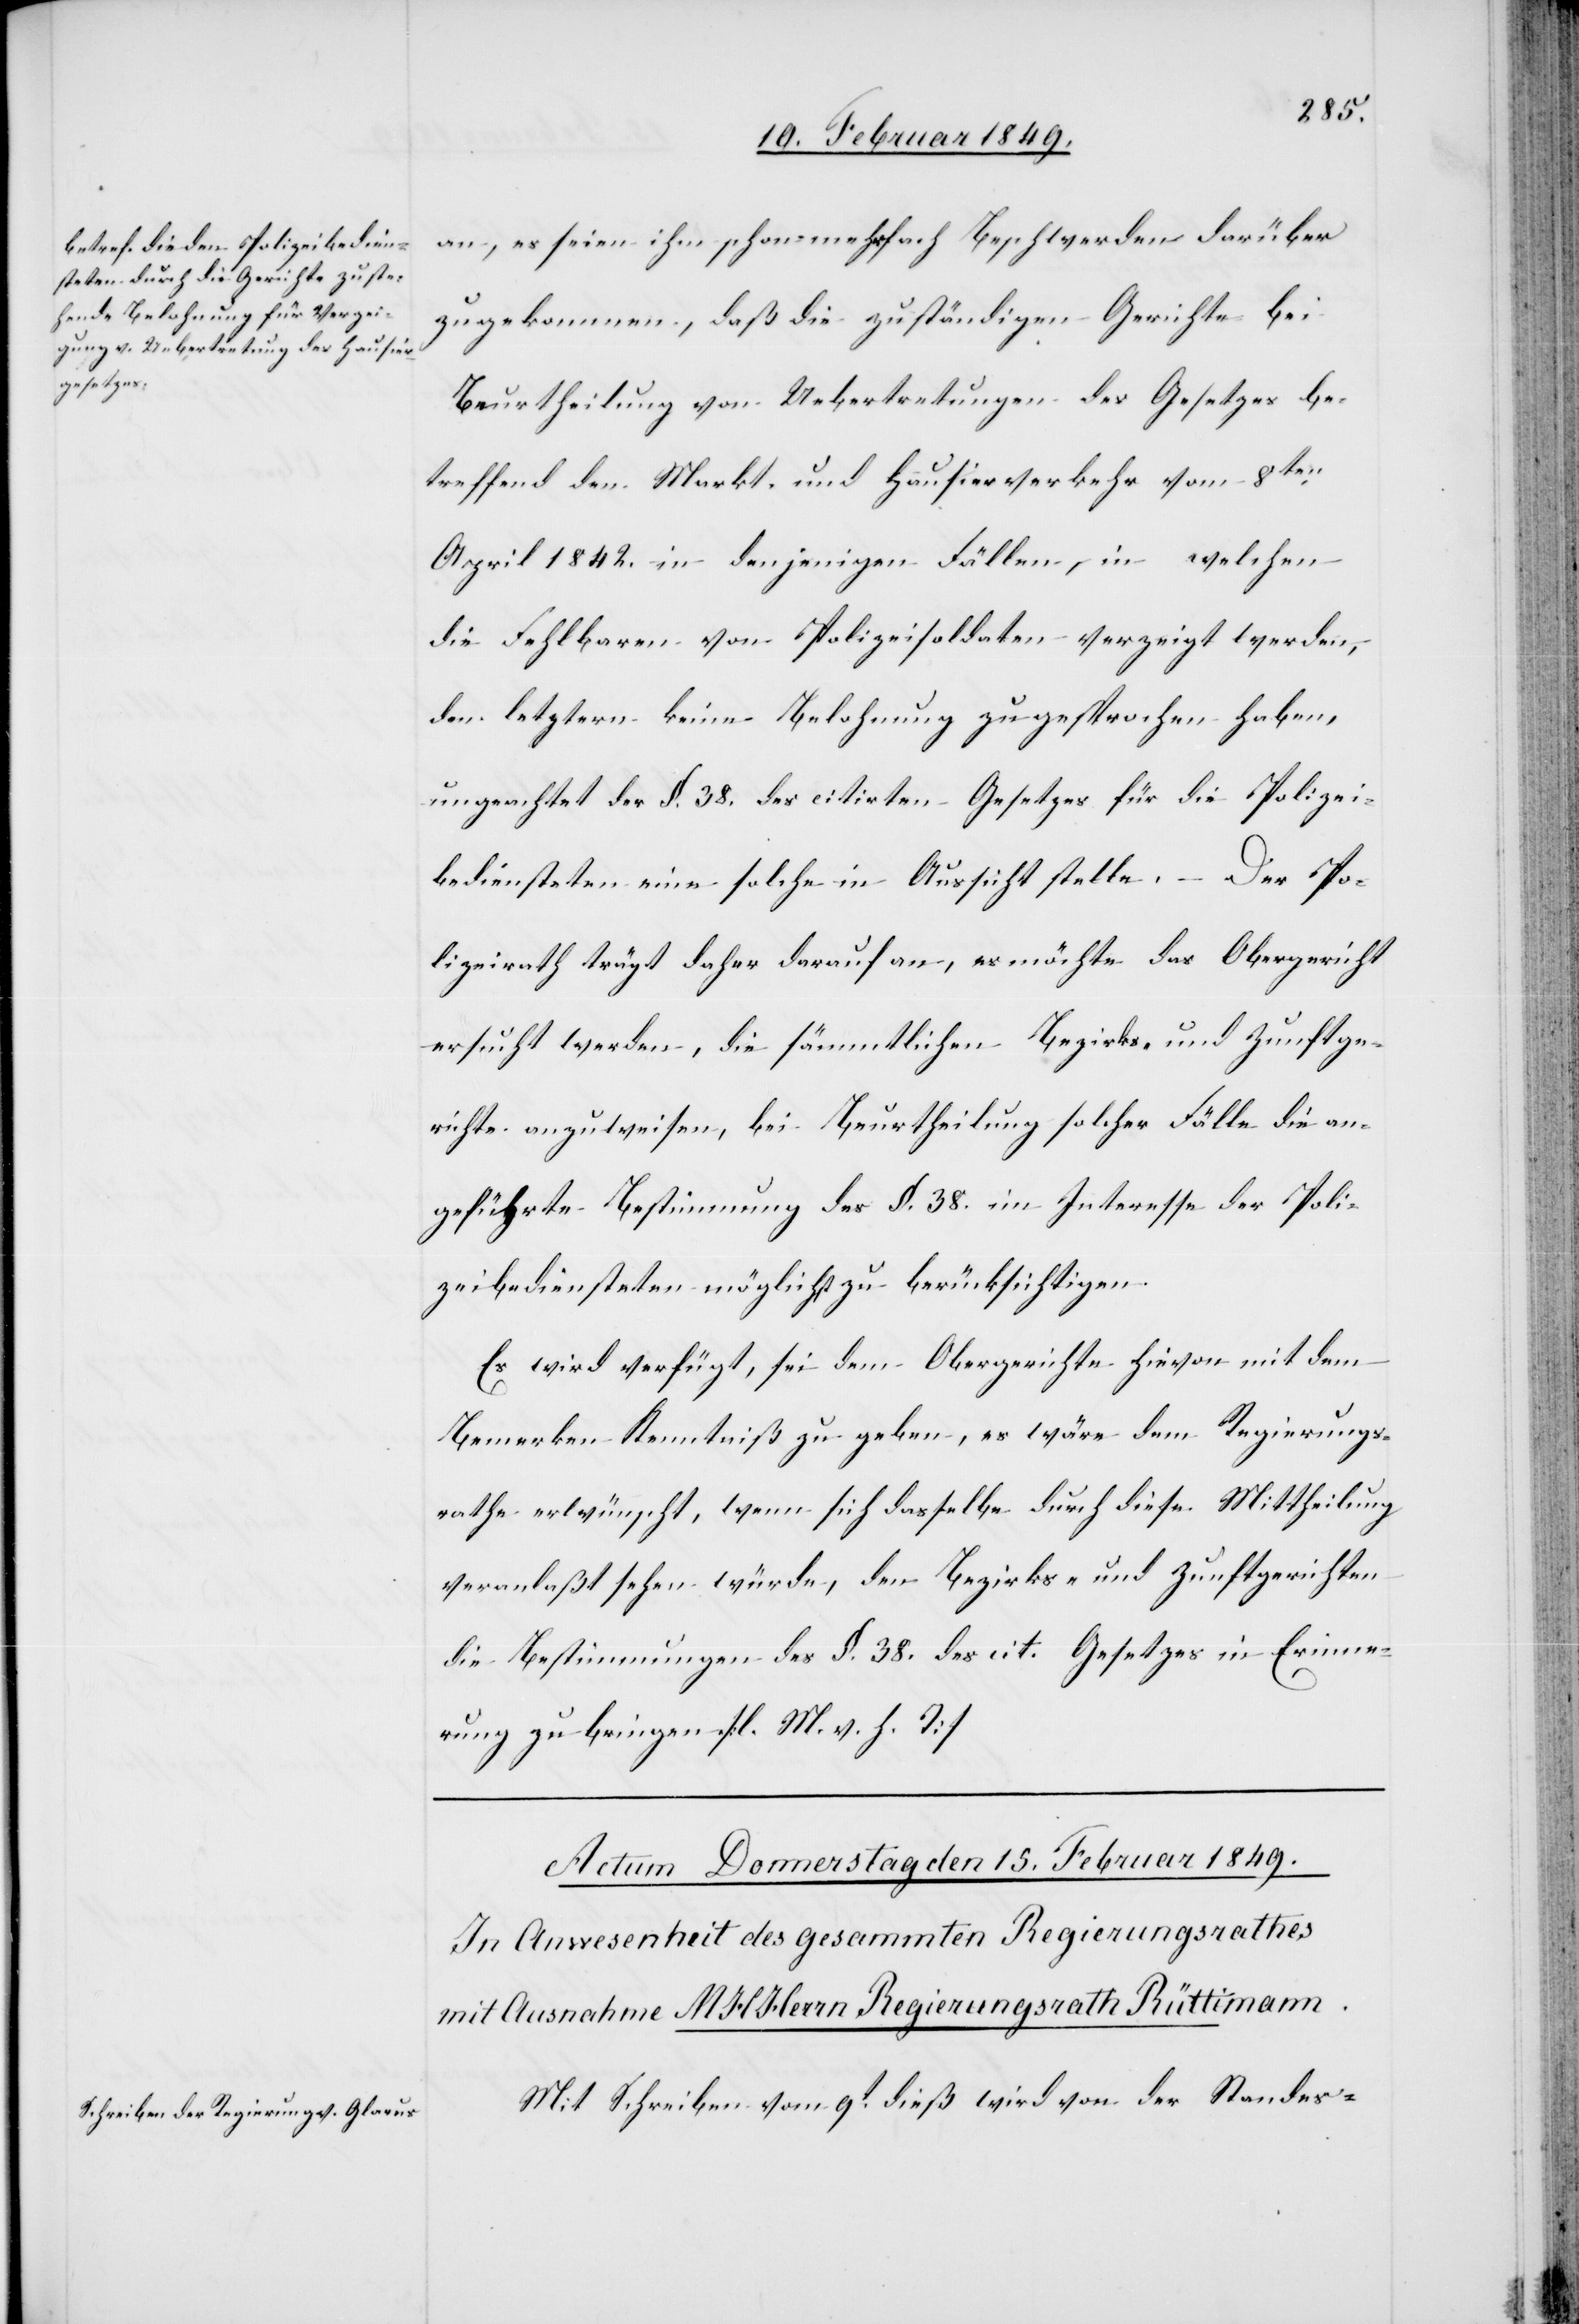
an, es seien ihm schon mehrfach Beschwerden darüber
zugekommen, daß die zuständigen Gerichte bei
Beurtheilung von Uebertretungen des Gesetzes be¬
treffend den Markt- und Hausierverkehr vom 8ten.
April 1842. in denjenigen Fällen, in welchen
die Fehlbaren von Polizeisoldaten verzeigt werden,
den letztern keine Belohnung zugesprochen haben,
ungeachtet der §. 38. des citirten Gesetzes für die Polizei¬
bediensteten eine solche in Aussicht stelle. – Der Po¬
lizeirath trägt daher darauf an, es möchte das Obergericht
ersucht werden, die sämmtlichen Bezirks- und Zunftge¬
richte anzuweisen, bei Beurtheilung solcher Fälle die an¬
geführte Bestimmung des §. 38. im Interesse der Poli¬
zeibediensteten möglichst zu berücksichtigen.
Es wird verfügt, sei dem Obergerichte hievon mit dem
Bemerken Kenntniß zu geben, es wäre dem Regierungs¬
rathe erwünscht, wenn sich dasselbe durch diese Mittheilung
veranlaßt sehen würde, den Bezirks- und Zunftgerichten
die Bestimmungen des §. 38. des cit. Gesetzes in Erinne¬
rung zu bringen. [l. M. v. h. T]
Mit Schreiben vom 9t. dieß wird von der Standes-